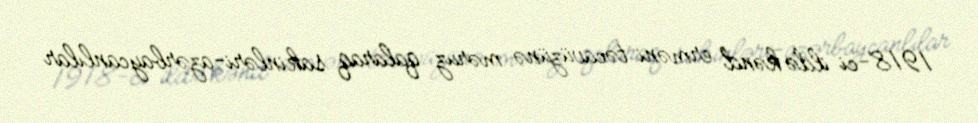
1918-ci ildə kənd erməni təcavüzünə məruz qalaraq sakinləri-azərbaycanlılar